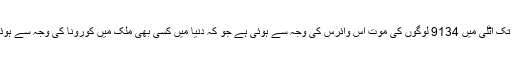
قابل ذکر ہے کہ جمعہ تک اٹلی میں 9134 لوگوں کی موت اس وائرس کی وجہ سے ہوئی ہے جو کہ دنیا میں کسی بھی ملک میں کورونا کی وجہ سے ہوئی موت سے زیادہ ہے۔